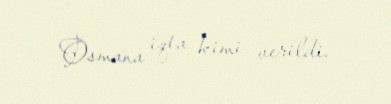
Osmana iqta kimi verildi.